Report of the Indian Hemp Drugs Commission, 1894-1895 - Volume III
Year: 1894
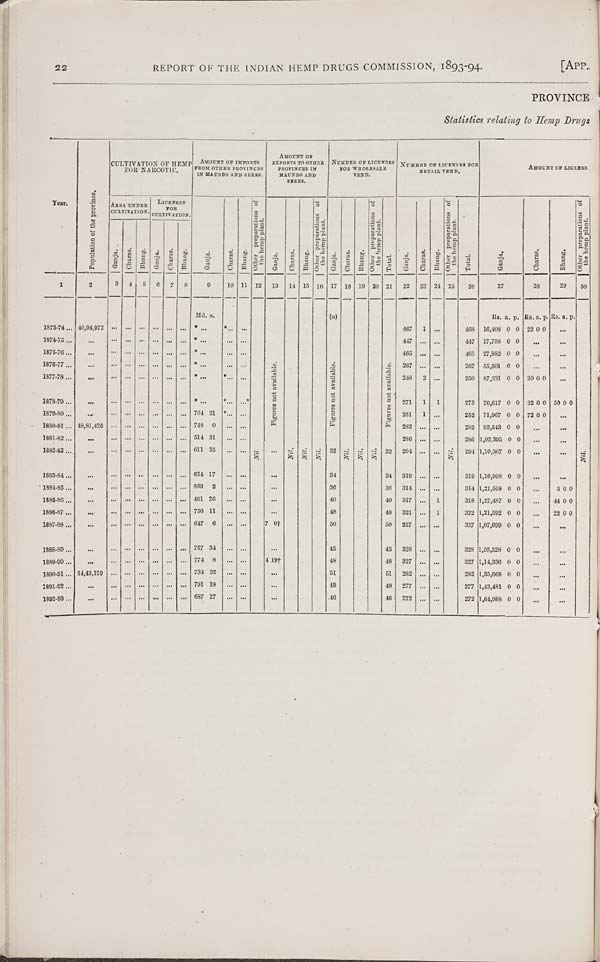
22
REPORT OF THE INDIAN HEMP DRUGS COMMISSION, 1893-94.
[APP.
PROVINCE
Statistics relating to Hemp Drugs
Year.
Population of the province.
CULTIVATION OP HEMP
FOR NARCOTIC.
AMOUNT OF IMPORTS
FROM OTHER PROVINCES
IN MAUNDS AND SEERS.
AMOUNT OF
EXPORTS TO OTHER
PROVINCES IN
MAUNDS AND
SEERS.
NUMBER OF LICENSES
OF WHOLESALE
VEND.
NUMBER OF LICENSES FOR
RETAIL VEND.
AMOUNT OF LICENSE
Year.
Population of the province.
AREA, UNDER
CULTIVATION.
LlCENCES
FOR
CULTIVATION.
Ganja.
Charas.
Bhang.
Other preparations of
the hemp plant.
Ganja.
Charas.
Bhang.
Other preparations of
the hemp plant.
Ganja.
Charas.
Bhang.
Other preparations of
the hemp plant.
Total.
Ganja.
Charas.
Bhang.
Other preparations of
the hemp plant.
Total.
Ganja.
Charas.
Bhang.
Other preparations of
the hemp plant.
Year.
Population of the province.
Ganja.
Charas.
Bhang.
Ganja.
Charas.
Bhang.
Ganja.
Charas.
Bhang.
Other preparations of
the hemp plant.
Ganja.
Charas.
Bhang.
Other preparations of
the hemp plant.
Ganja.
Charas.
Bhang.
Other preparations of
the hemp plant.
Total.
Ganja.
Charas.
Bhang.
Other preparations of
the hemp plant.
Total.
Ganja.
Charas.
Bhang.
Other preparations of
the hemp plant.
1
2
3
4
5
6
7
8
9
10 11 12
13
14 15 16 17 18 19 20 21
22
23 24 25
26
27
28
29
30
Md. s.
(a)
Rs. a. P- Rs. a. p. Rs. a. p.
1873-74
40,94,972
467
1
468 16,408 0 0 22 0 0
1874-75
447
447 17,758 0 0
1876-76
465
465 27,882 0 0
1876-77
Figures not available.
Figures
not available.
Figares not available.
267
267 55,501 0 0
1877-78
Figures not available.
Figures
not available.
Figares not available.
248
2
250 87,331 0 0 20 0 0
1878-79
Figures not available.
Figures
not available.
Figares not available.
271
1
1
273 76,617 0 0 32 0 0 50 0 0
1879-80
704 31
Figures not available.
Figures
not available.
Figares not available.
251
1
252 71,967 0 0 72 0 0
1880-81
48,81,426
748 0
Figures not available.
Figures
not available.
Figares not available.
282
282 93,543 0 0
1881-82
514 31
286
286 1,02,395 0 0
1882-83
611 35
Nil
Nil.
Nil.
Nil.
32
Nil.
Nil.
Nil.
32
294
Nil.
294 1,10,367 0 0
Nil.
1883-84
654 17
34
34
319
319 1,16,998 0 0
1884-85
869 2
36
36
314
314 1,21,558 0 0
5 0 0
1885-86
461 26
40
40
317
1
318 1,27,487 0 0
44 0 0
1886-87
756 11
48
48
321
1
322 1,21,592 0 0
22 0 0
1887-88
647 6
7 0†
50
50
327
327 1,07,699 0 0
1888-89
767 34
45
45
328
328 1,05,528 0 0
1889-90
774 8
4 19†
48
48
327
327 1,14,336 0 0
1890-91
54,43,199
734 32
51
51
282
282 1,35,668 0 0
1891-92
791 18
49
49
277
277 1,43,481 0 0
1892-93
687 27
46
46
272
272 1,64,088 0 0